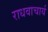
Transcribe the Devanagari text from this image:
राधवाचार्य